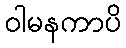
ဝါမနကာပိ